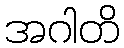
အဂါတိ